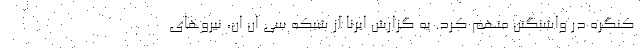
کنگره در واشنگتن متهم کرد. به گزارش ایرنا از شبکه سی ان ان، نیروهای